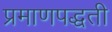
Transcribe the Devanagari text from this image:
प्रमाणपद्धती